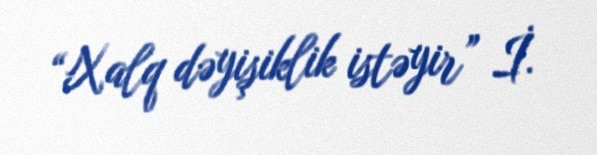
“Xalq dəyişiklik istəyir” İ.